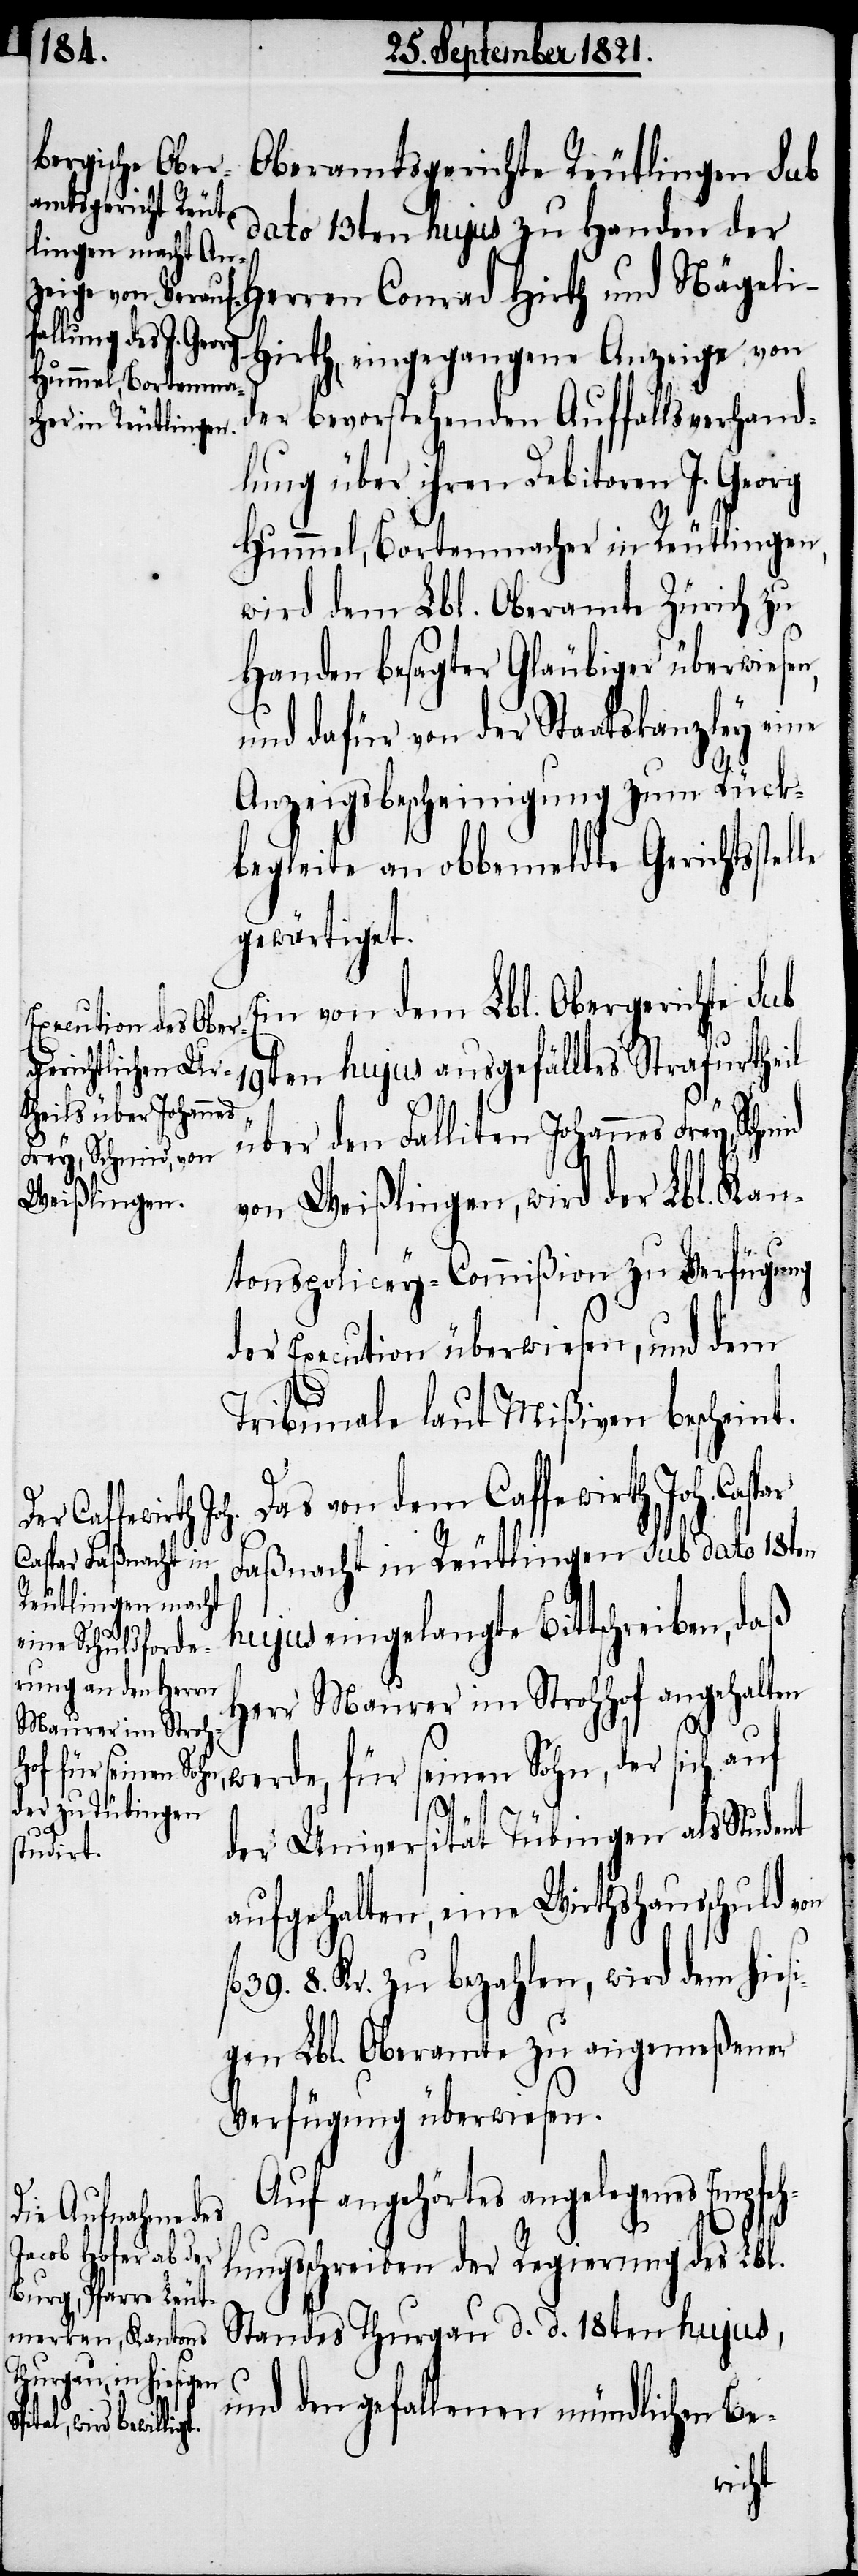
Oberamtsgericht Reutlingen sub
dato 13ten hujus zu Handen der
Herren Conrad Hirth und Nägel¬
irt, eingegangene Anzeige von
der bevorstehenden Auffallsverhand¬
lung über ihren Debitoren J. Georg
Hummel, Bortenmacher in Reutlingen,
wird dem Lbl. Oberamte Zürich zu
Handen besagter Gläubiger überwiese¬
und dafür von der Staatskanzley eine
Anzeigebescheinigung zum Rück¬
begleite an obbemeldte Gerichtsstel¬
gewärtiget.
Ein von dem Lbl. Obergerichte sub
19ten hujus ausgefälltes Strafurtheil
über den Falliten Johannes Frey,
von Weißlingen, wird der Lbl. Kan¬
tons-Policey-Commißion zu Verfügung
der Execution überwiesen, und dem
Tribunale laut Mißiven bescheint.
as von dem Caffewirth Joh.
Faßnacht in Reutlingen sub dato 18ten
hujus eingelangte Bittschreiben, daß
Herr Maurer im Strohhof angehalten
werde, für seinen Sohn, der sich auf
n,
der Universität Tübingen als Student
aufgehalten, eine Wirthshausschuld von
39. 8. Kr. zu bezahlen, wird dem hiesi¬
gen Lbl. Oberamte zu angemeßener
Verfügung überwiesen.
Auf angehörtes angelegenes Empfeh¬
lungsschreiben der Regierung des Lbl.
Standes Thurgau d. d. 18ten hujus,
D¬
und den gefallenen mündlichen Be-